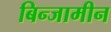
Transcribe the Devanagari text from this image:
बिन्जामीन